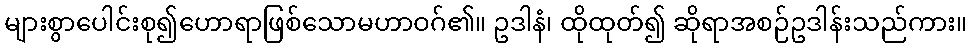
များစွာပေါင်းစု၍ဟောရာဖြစ်သောမဟာဝဂ်၏။ ဥဒါနံ၊ ထိုထုတ်၍ ဆိုရာအစဉ်ဥဒါန်းသည်ကား။